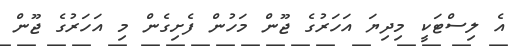
އެ ލިސްޓަކީ މިދިޔަ އަހަރުގެ ޖޫން މަހުން ފެށިގެން މި އަހަރުގެ ޖޫން